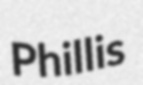
Phillis